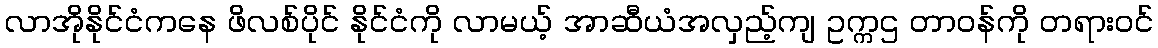
လာအိုနိုင်ငံကနေ ဖိလစ်ပိုင် နိုင်ငံကို လာမယ့် အာဆီယံအလှည့်ကျ ဥက္ကဌ တာဝန်ကို တရားဝင်